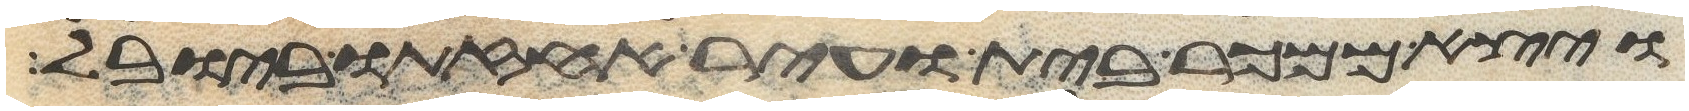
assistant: ויצא ממכר בית ועיר אחזתו ביובל